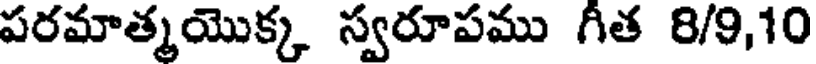
పరమాత్మయొక్క స్వరూపము గీత 8/9,10